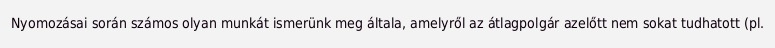
Nyomozásai során számos olyan munkát ismerünk meg általa, amelyről az átlagpolgár azelőtt nem sokat tudhatott (pl.